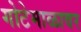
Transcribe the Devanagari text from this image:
गोटेमाळावर